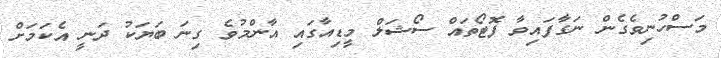
މަސްހުނިވެގެން ނަގާފައިވާ ފޮޓޯތައް ސޯޝަލް މީޑިއާގައި އާންމުވެ ގިނަ ބަޔަކު ދަނީ އެކަމަށް